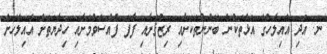
ނ. އަދި އެއިލާހުގެ އަޅުތަކުން ބޭނުންތަކަށާއި ރިޒުޤަށާއި ފާފަ ފުއްސެވުމަށާއި ހިދާޔަތަށް އެއިލާހަށް